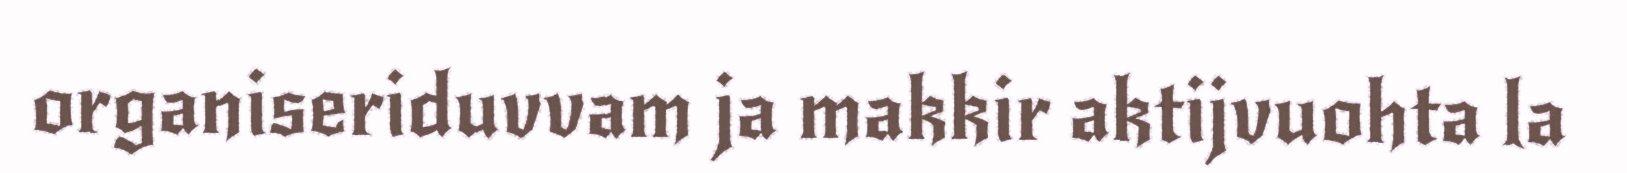
organiseriduvvam ja makkir aktijvuohta la